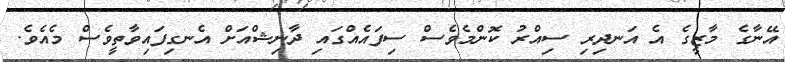
އޭނާގެ މާޒީގެ އެ އަނދިރި ސިއްރު ކޮންމެވެސް ސިފައެއްގައި ދާނިޝްއަށް އެނގިފައިވާތީވެސް މެއެވެ.